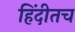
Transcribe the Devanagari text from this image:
हिंदीतच